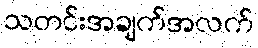
သတင်းအချက်အလက်